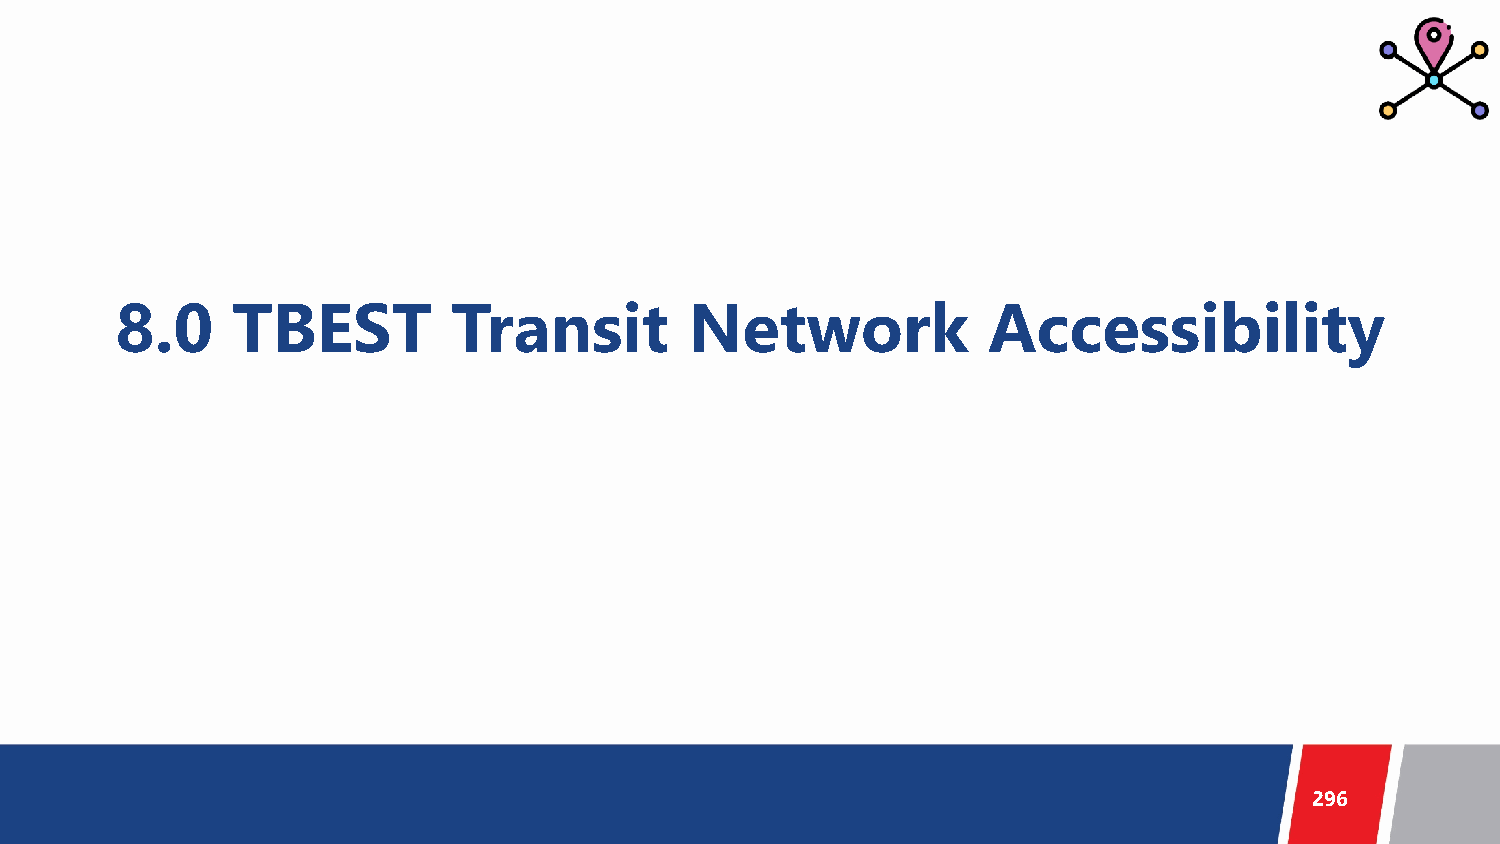
8.0    TBEST          Transit         Network            Accessibility
 296